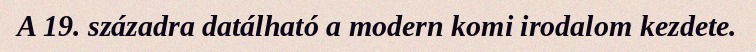
A 19. századra datálható a modern komi irodalom kezdete.